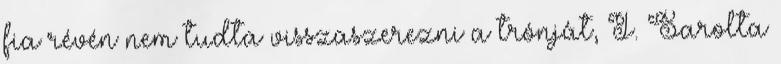
fia révén nem tudta visszaszerezni a trónját, I. Sarolta